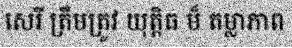
សេរី ត្រឹមត្រូវ យុត្តិធ ម៏ តម្លាភាព